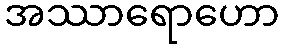
အဿာရောဟော